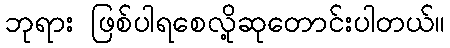
ဘုရား ဖြစ်ပါရစေလို့ဆုတောင်းပါတယ်။